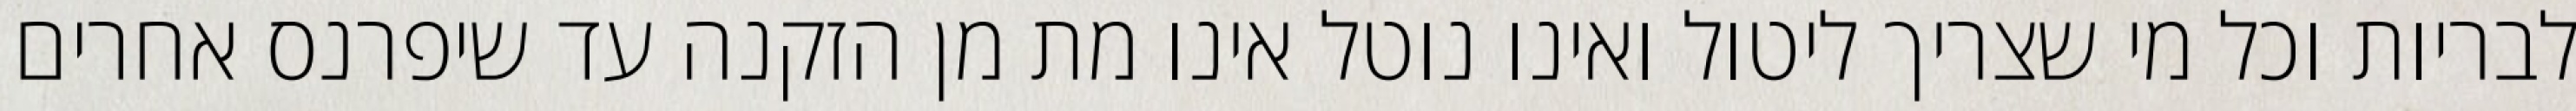
לבריות וכל מי שצריך ליטול ואינו נוטל אינו מת מן הזקנה עד שיפרנס אחרים